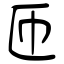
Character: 匝